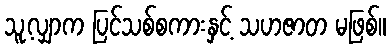
သူ့လျှာက ပြင်သစ်စကားနှင့် သဟဇာတ မဖြစ်။